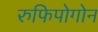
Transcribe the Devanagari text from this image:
रुफिपोगोन